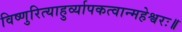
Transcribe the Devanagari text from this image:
विष्णुरित्याहुर्व्यापकत्वान्महेश्वरः॥